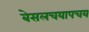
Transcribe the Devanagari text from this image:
बेसलचयापचय